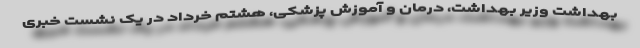
بهداشت وزیر بهداشت، درمان و آموزش پزشکی، هشتم خرداد در یک نشست خبری